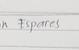
Signature authenticity: genuine